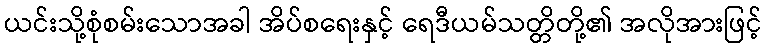
ယင်းသို့စုံစမ်းသောအခါ အိပ်စရေးနှင့် ရေဒီယမ်သတ္တိတို့၏ အလိုအားဖြင့်